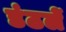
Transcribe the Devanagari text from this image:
डंठलें